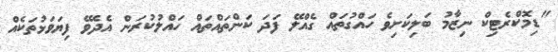
"ޑިމޮކްރެޓިކް ނިޒާމު ބަލިކަށިވެ ހައްގުތައް ގެއްލޭ ފަދަ ކަންތައްތައް ހައްލުކުރަން އެދެވޭ ފިޔަވަޅުތަކެއް